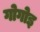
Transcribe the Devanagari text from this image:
गोगोइ